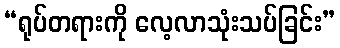
“ရုပ်တရားကို လေ့လာသုံးသပ်ခြင်း”